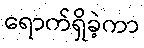
ရောက်ရှိခဲ့ကာ